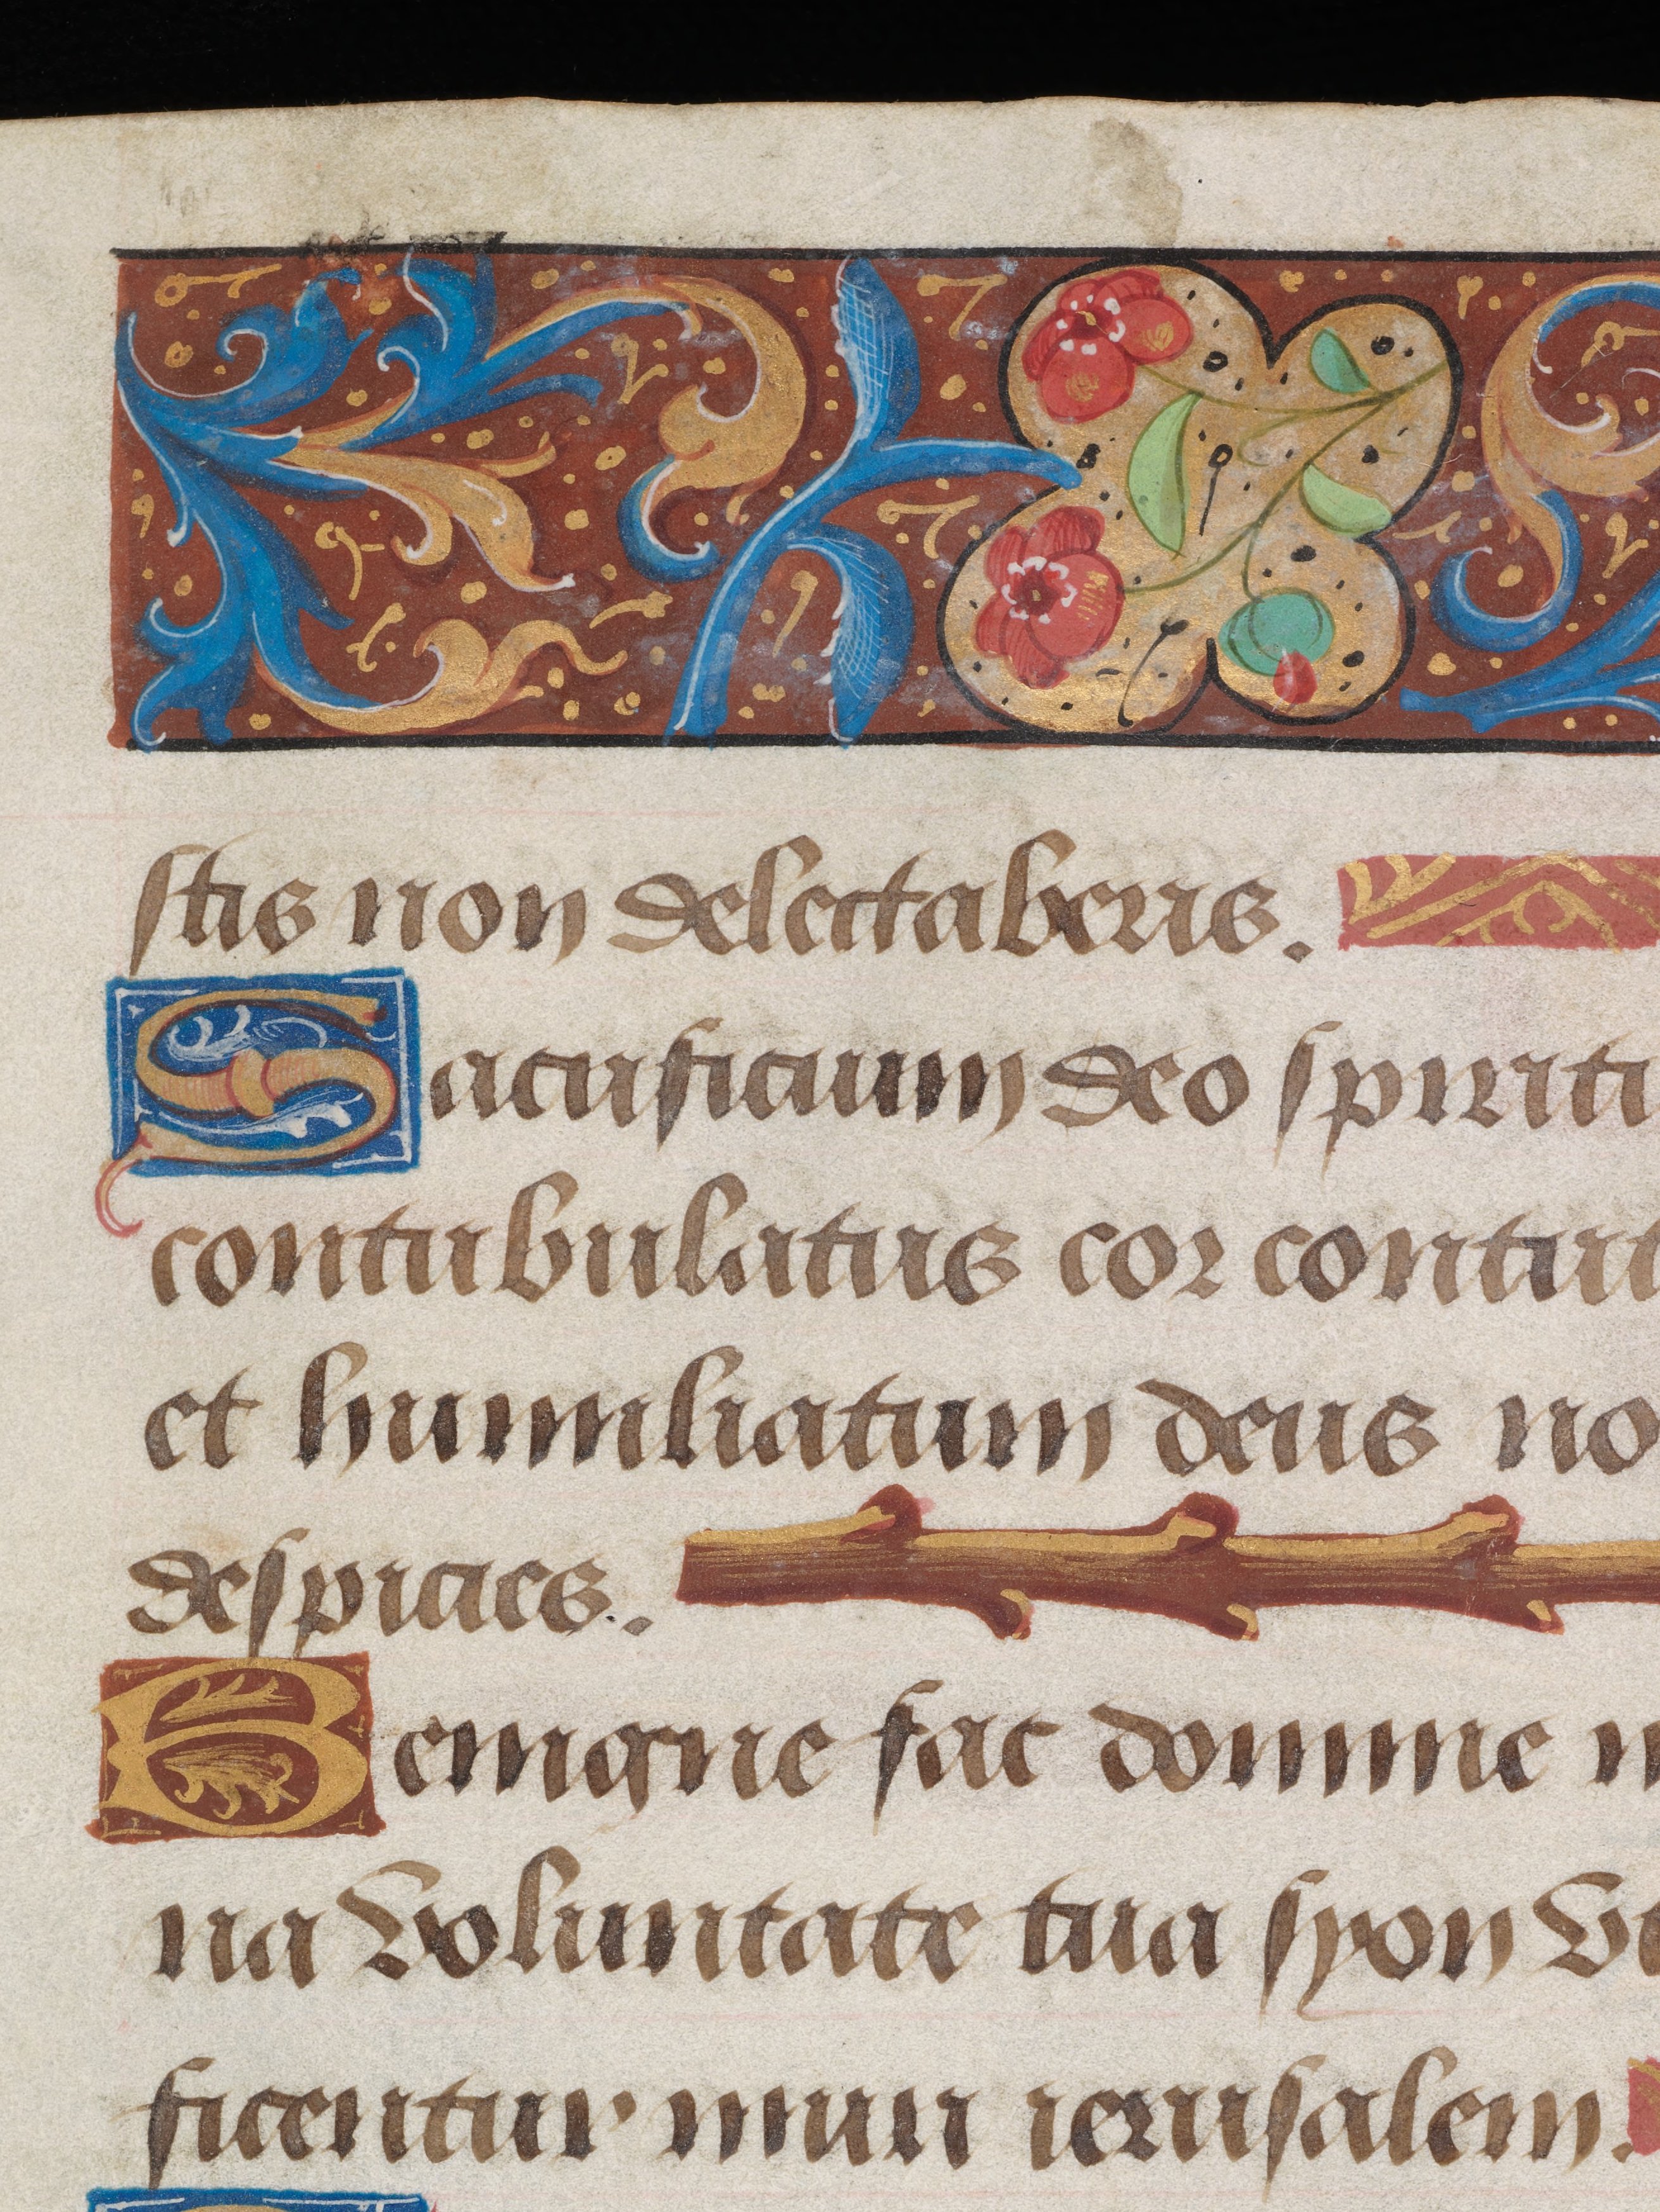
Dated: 1495–1498